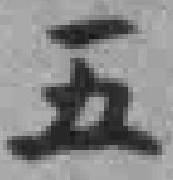
五